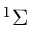
^ { 1 } \Sigma